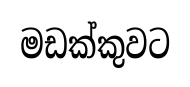
මඩක්කුවට